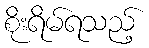
စိုးရိမ်ရသည့်